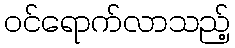
ဝင်ရောက်လာသည့်